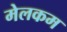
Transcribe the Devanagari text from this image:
मेलकम